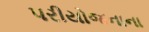
પરીયોજનાના